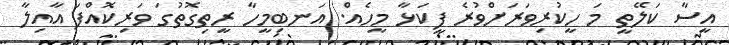
އީސާ ކަލޭތީ މަ ހީކުރިވަރަށްވުރެ ފީކަޅާ މީހެއް. އަނބިމީހާ ރީތިގޮތުގަ ވަރިކޮއްފަ އާއިލާ